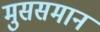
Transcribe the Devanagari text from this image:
मुससमान